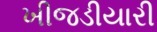
ખીજડીયારી